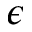
\boldsymbol { \epsilon }